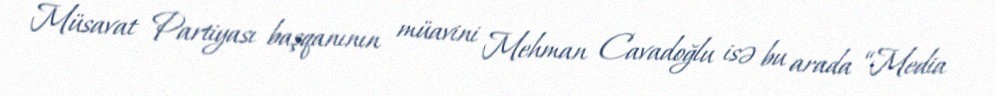
Müsavat Partiyası başqanının müavini Mehman Cavadoğlu isə bu arada “Media